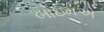
બોઇમએ